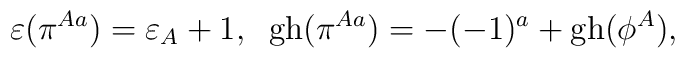
\varepsilon(\pi^{Aa})=\varepsilon_A+1,\;\; {\rm gh}(\pi^{Aa})=-(-1)^a+{\rm gh}(\phi^A),